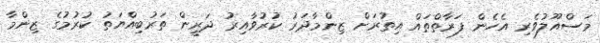
މަސްއޫލުވެރި އެެހެން ފަރާތްތައް އިތުރަށް ޒިންމާދަރު ކުރުވާއިރު ދަރީން ތަރުބިއްޔަތު ކުރުމުގެ ޒިންމާ